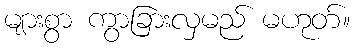
များစွာ ကွာခြားလှမည် မဟုတ်။